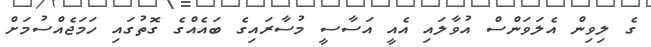
ގެ ލިވިން އެލަވަންސް އުވާލައި އެއީ އަސާސީ މުސާރައިގެ ބައެއްގެ ގޮތުގައި ހަމަޖެއްސުމަށް